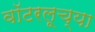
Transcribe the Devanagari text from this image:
वॉटरलूच्या